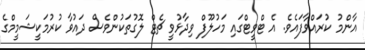
އާންމު ކުރައްވާފައެވެ. އެ ޓްވީޓްގައި މަހުލޫފް ވިދާޅުވީ ޗެޓް ލޮގުތަކުންވެސް ދައުވާ ކުރުމަކީޝަމީމްގެ